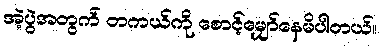
အဲ့ပွဲအတွက် တကယ်ကို စောင့်မျှော်နေမိပါတယ်။